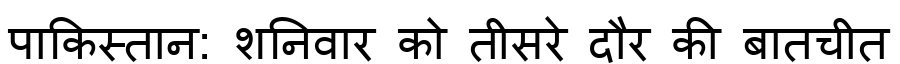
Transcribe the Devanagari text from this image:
पाकिस्तान: ‏शनिवार को तीसरे दौर की बातचीत